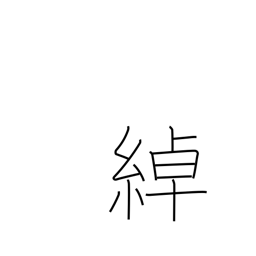
Meaning: loose